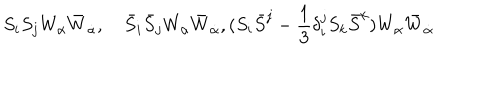
S _ { i } S _ { j } W _ { \alpha } \bar { W } _ { \dot { \alpha } } , \quad \bar { S } _ { i } \bar { S } _ { j } W _ { \alpha } \bar { W } _ { \dot { \alpha } } , ( S _ { i } \bar { S } ^ { j } - { \frac { 1 } { 3 } } \delta _ { i } ^ { j } S _ { k } \bar { S } ^ { k } ) W _ { \alpha } \bar { W } _ { \dot { \alpha } }